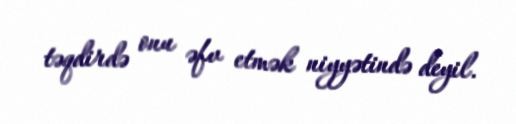
təqdirdə onu əfv etmək niyyətində deyil.